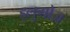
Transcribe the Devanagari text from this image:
ड्लुगोज़